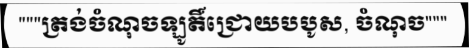
"""ត្រង់ចំណុចឡូតិ៍ជ្រោយបបូស, ចំណុច"""